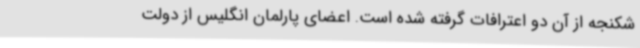
شکنجه از آن دو اعترافات گرفته شده است‌. اعضای پارلمان انگلیس از دولت